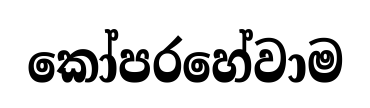
කෝපරහේවාම